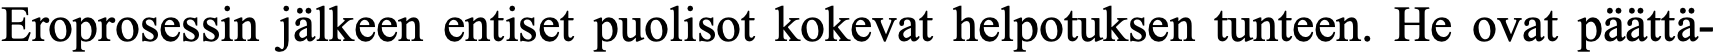
Eroprosessin jälkeen entiset puolisot kokevat helpotuksen tunteen. He ovat päättä-